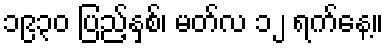
၁၉၃၀ ပြည့်နှစ်၊ မတ်လ ၁၂ ရက်နေ့။